Annual administration report of the Civil Veterinary Department, Ajmere-Merwara, British Rajputana - 1914-1940
Year: 1914
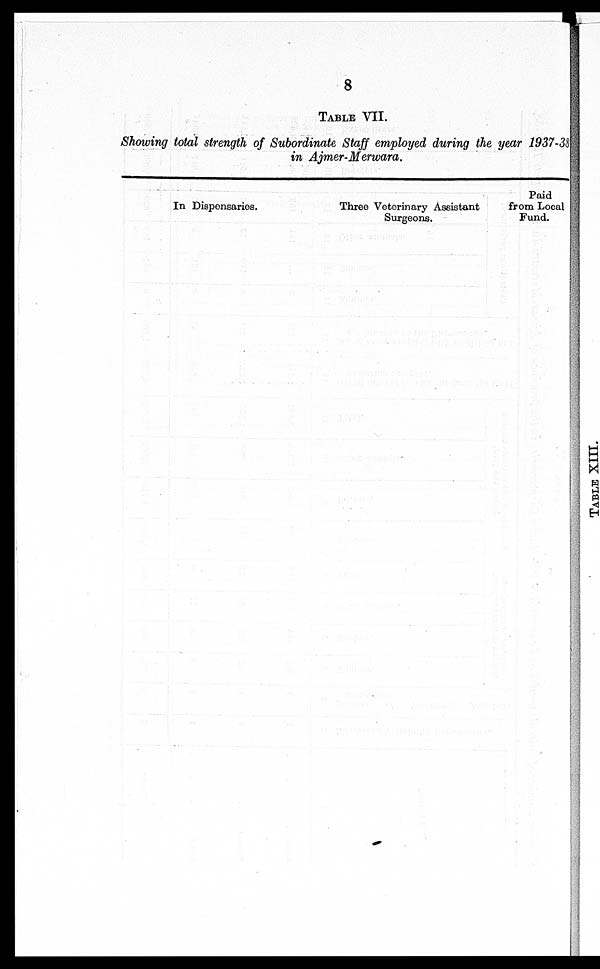
8
TABLE VII.
Showing total strength of Subordinate Staff employed during the year 1937-38
in Ajmer-Merwara.
In Dispensaries.
Three Veterinary Assistant
Surgeons.
Paid
from Local
Fund.